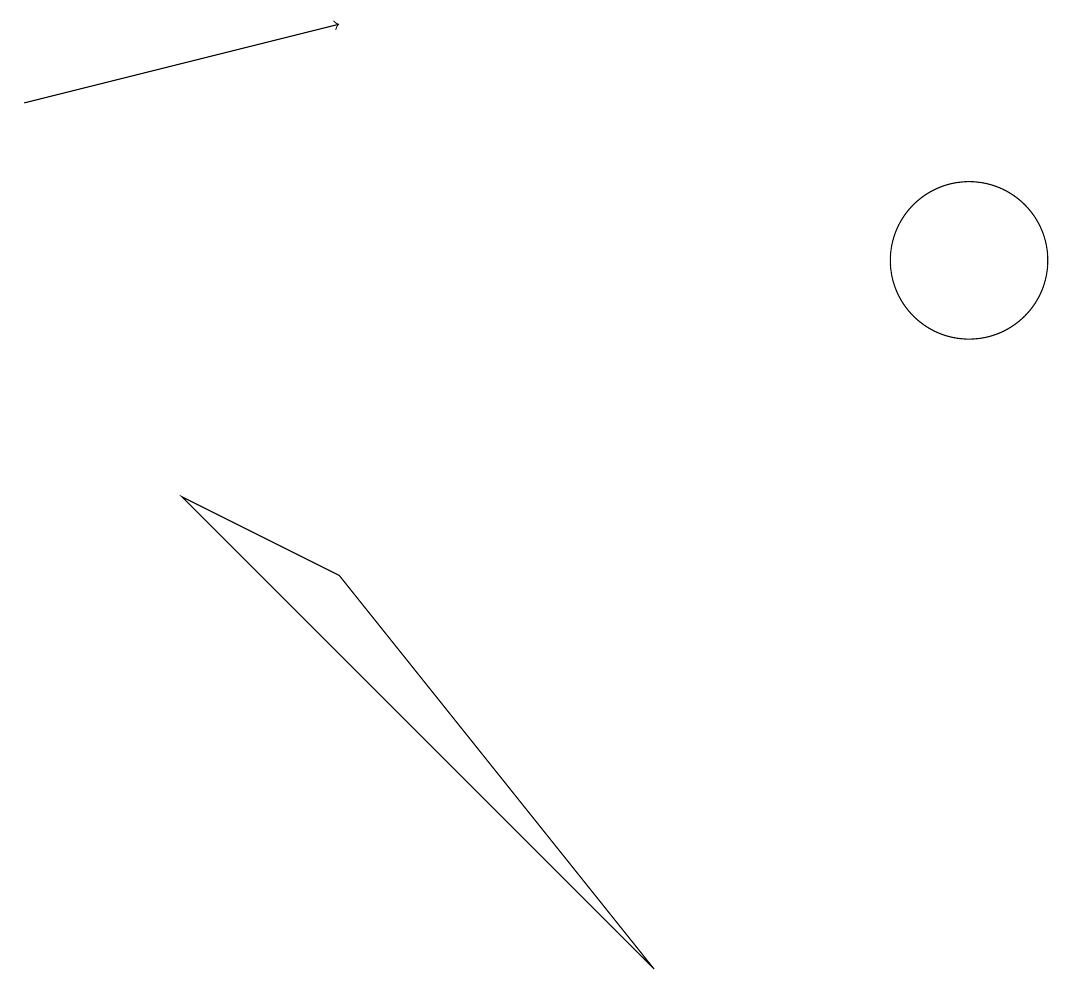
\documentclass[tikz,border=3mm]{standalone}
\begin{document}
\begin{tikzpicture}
\draw (4,8) -- (8,3) -- (2,9) -- cycle;
\draw[->] (0,14) -- (4,15);
\draw (12,12) circle (1);
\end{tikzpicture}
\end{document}